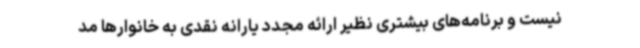
نیست و برنامه‌های بیشتری نظیر ارائه مجدد یارانه نقدی به خانوارها مد